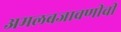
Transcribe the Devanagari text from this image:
अमलबजावणीची